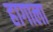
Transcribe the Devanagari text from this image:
हागाला